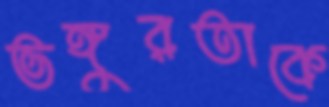
ভঙ্গুরতাকে